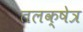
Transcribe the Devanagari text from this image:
तलक्षेत्र